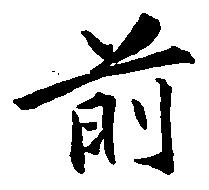
前